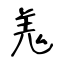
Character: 羗